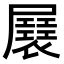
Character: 㞡